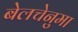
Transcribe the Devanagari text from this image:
बेलचेनुमा